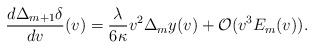
\begin{align*} \frac{d\Delta_{m+1}\delta}{dv}(v)=\frac{\lambda}{6\kappa}v^2\Delta_my(v)+\mathcal{O}(v^3E_m(v)).\end{align*}